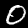
Label: 0